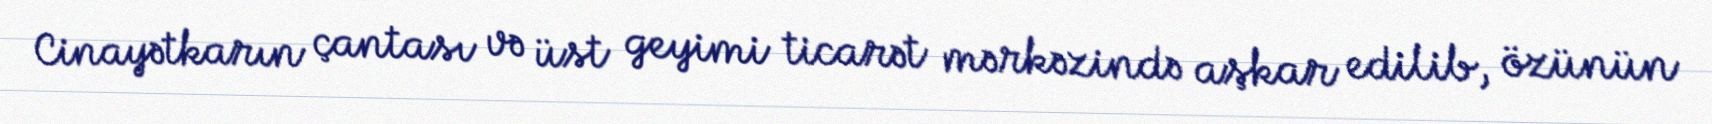
Cinayətkarın çantası və üst geyimi ticarət mərkəzində aşkar edilib, özünün